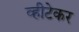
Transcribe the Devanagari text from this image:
व्हीटेकर